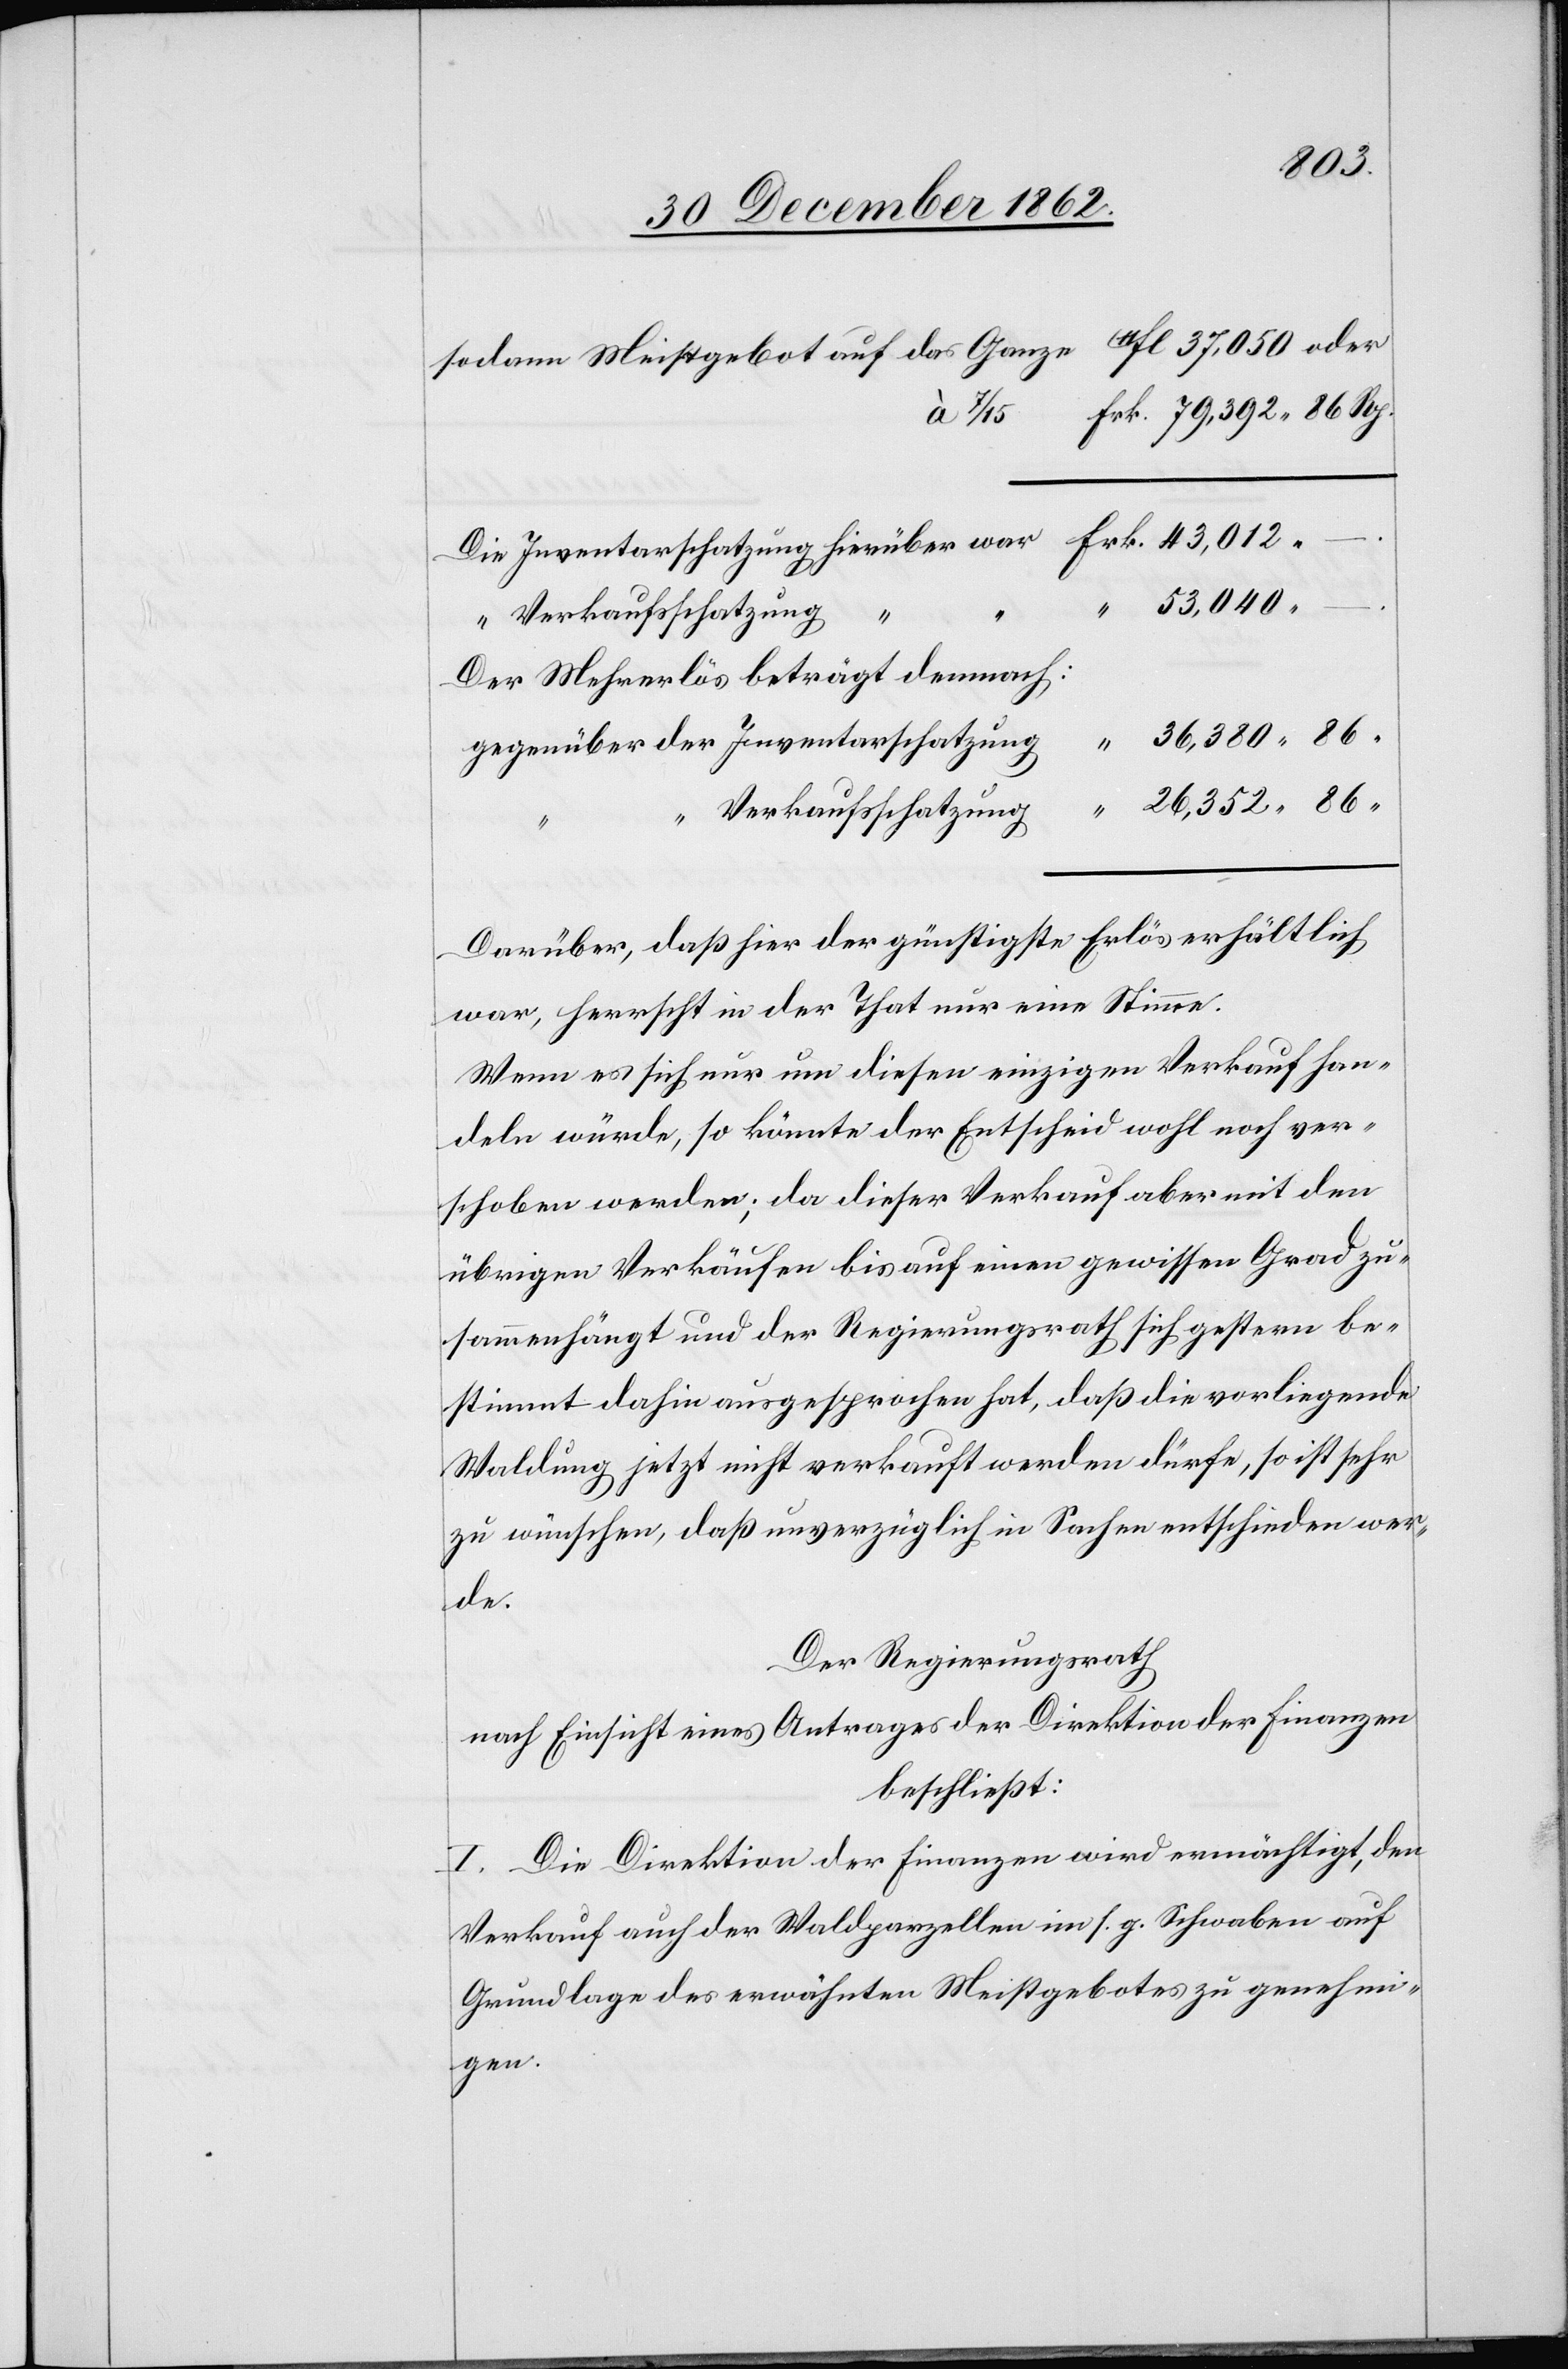
sodann Meistgebot auf das Ganze
Der Mehrerlös beträgt demnach:
gegenüber der Inventarschatzung
Verkaufsschatzung
“
Darüber, daß hier der günstigste Erlös erhältlich
war, herrscht in der That nur eine Stimme.
Wenn es sich nur um diesen einzigen Verkauf han¬
deln würde, so könnte der Entscheid wohl noch ver¬
schoben werden; da dieser Verkauf aber mit den
übrigen Verkäufen bis auf einen gewissen Grad zu¬
sammenhängt und der Regierungsrath sich gestern be¬
stimmt dahin ausgesprochen hat, daß die vorliegende
Waldung jetzt nicht verkauft werden dürfe, so ist sehr
zu wünschen, daß unverzüglich in Sachen entschieden wer¬
de.
Der Regierungsrath
nach Einsicht eines Antrages der Direktion der Finanzen
beschließt:
I. Die Direktion der Finanzen wird ermächtigt, den
Verkauf auch der Waldparzellen in s. g. Schwaben auf
Grundlage des erwähnten Meistgebotes zu genehmi¬
gen.